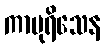
ကာပုရိသေန